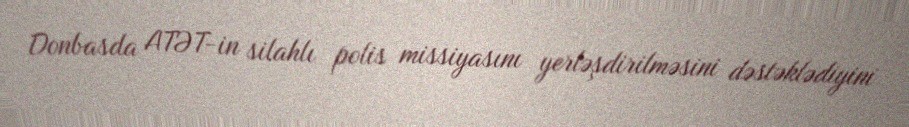
Donbasda ATƏT-in silahlı polis missiyasını yerləşdirilməsini dəstəklədiyini